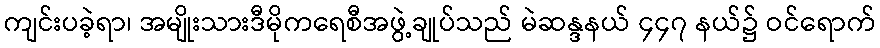
ကျင်းပခဲ့ရာ၊ အမျိုးသားဒီမိုကရေစီအဖွဲ့ချုပ်သည် မဲဆန္ဒနယ် ၄၄၇ နယ်၌ ဝင်ရောက်